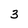
Character: 3